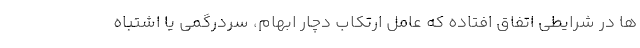
ها در شرایطی اتفاق افتاده که عامل ارتکاب دچار ابهام، سردرگمی یا اشتباه